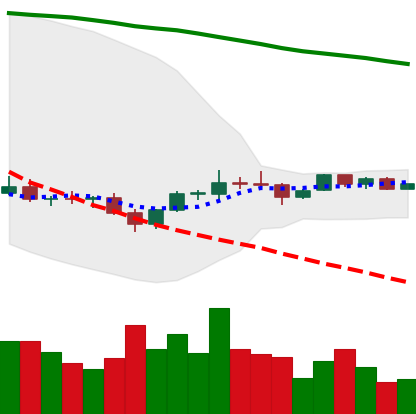
Ticker: EOS-USD
Chart end date: 2022-12-04
Forward return: 10.83%
Label: up_7plus